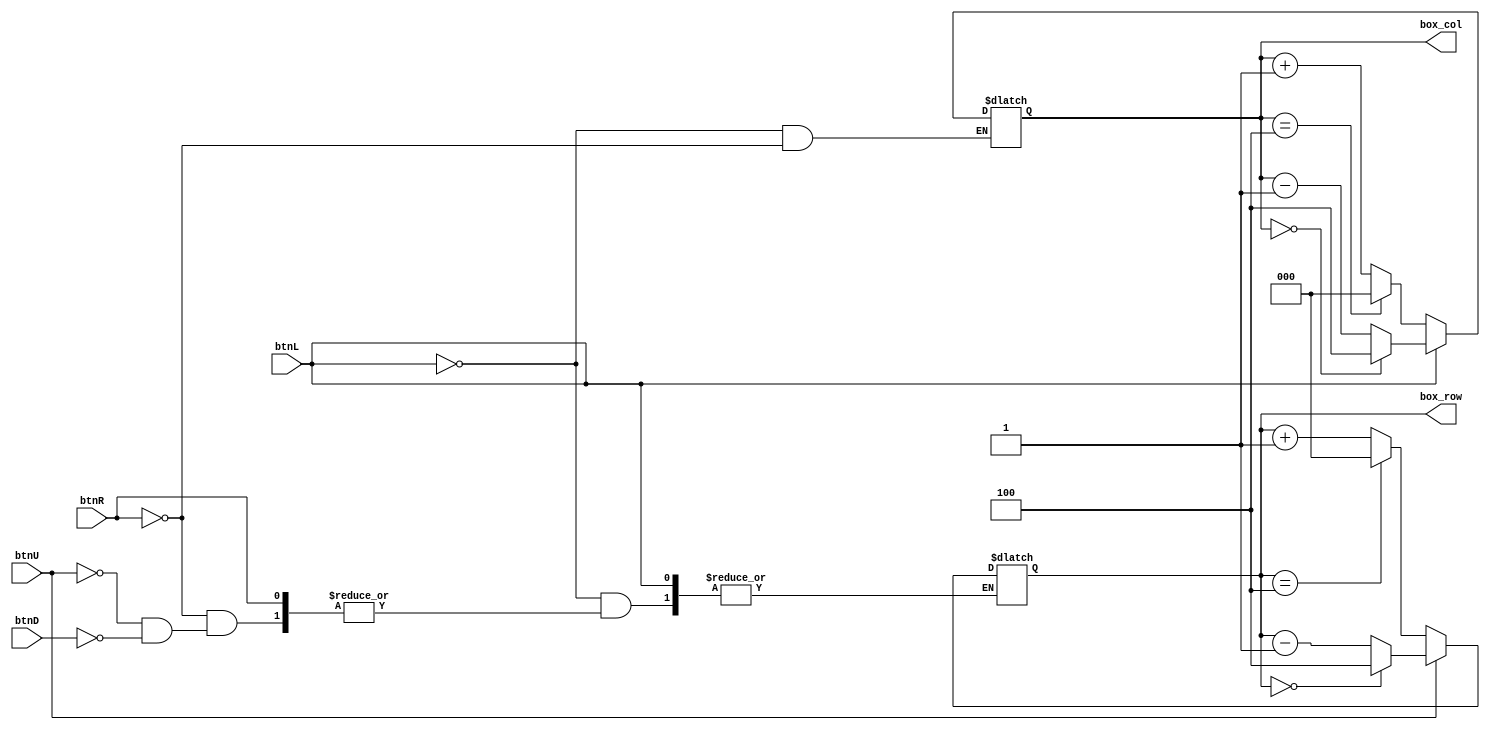
`timescale 1ns / 1ps
//////////////////////////////////////////////////////////////////////////////////
// Company: 
// Engineer: 
// 
// Design Name: 
// Module Name:    top 
// Project Name: 
// Target Devices: 
// Tool versions: 
// Description: 
//
// Dependencies: 
//
// Revision: 
// Revision 0.01 - File Created
// Additional Comments: 
//
//////////////////////////////////////////////////////////////////////////////////

module box_selector(
    input wire btnL,
    input wire btnR,
    input wire btnU,
    input wire btnD,
    output wire [2:0] box_row,
    output wire [2:0] box_col
);

    reg [2:0] cur_box_row;
    reg [2:0] cur_box_col;

    initial begin
        cur_box_row <= 0;
        cur_box_col <= 0;
    end

    always @(*) begin
        if (btnL) begin
            if (cur_box_col == 0) begin
                cur_box_col <= 4;
            end else begin
                cur_box_col <= cur_box_col - 1;
            end
        end
        else if (btnR) begin
            if (cur_box_col == 4) begin
                cur_box_col <= 0;
            end else begin
                cur_box_col <= cur_box_col + 1;
            end
        end
        else if (btnU) begin
            if (cur_box_row == 0) begin
                cur_box_row <= 4;
            end else begin
                cur_box_row <= cur_box_row - 1;
            end
        end
        else if (btnD) begin
            if (cur_box_row == 4) begin
                cur_box_row <= 0;
            end else begin
                cur_box_row <= cur_box_row + 1;
            end
        end
    end

    assign box_row = cur_box_row;
    assign box_col = cur_box_col;

endmodule